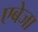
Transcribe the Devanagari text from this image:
एबेजा